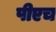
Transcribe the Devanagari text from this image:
पीएच